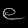
Digit: ၉